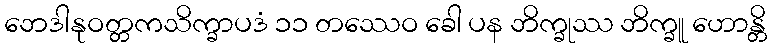
ဘေဒါနုဝတ္တကသိက္ခာပဒံ ၁၁ တဿေဝ ခေါ ပန ဘိက္ခုဿ ဘိက္ခူ ဟောန္တိ